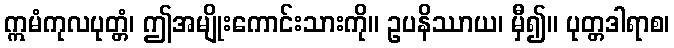
ဣမံကုလပုတ္တံ၊ ဤအမျိုးကောင်းသားကို။ ဥပနိဿာယ၊ မှီ၍။ ပုတ္တဒါရာစ၊